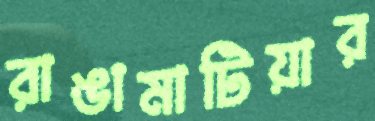
রাঙামাটিয়ার